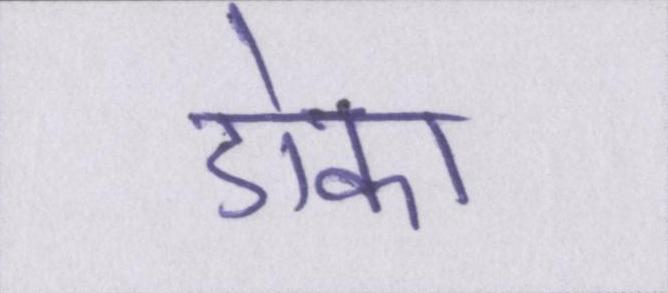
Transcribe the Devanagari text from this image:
डोका